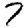
Digit: 7